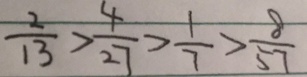
\frac { 2 } { 1 3 } > \frac { 4 } { 2 7 } > \frac { 1 } { 7 } > \frac { 8 } { 5 7 }